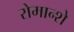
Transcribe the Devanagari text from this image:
रोमान्शे